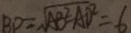
B D = \sqrt { A B ^ { 2 } - A D ^ { 2 } } = 6